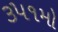
૩૫૧મો